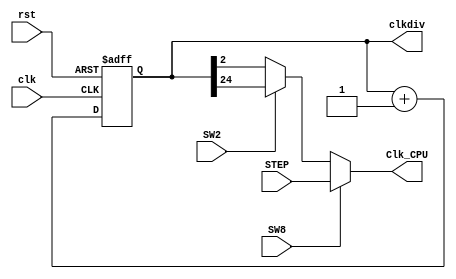
`timescale 1ns / 1ps
//////////////////////////////////////////////////////////////////////////////////
// Company: 
// Engineer: 
// 
// Design Name: 
// Module Name: clk_div
// Project Name: 
// Target Devices: 
// Tool Versions: 
// Description: 
// 
// Dependencies: 
// 
// Revision:
// Revision 0.01 - File Created
// Additional Comments:
// 
//////////////////////////////////////////////////////////////////////////////////


module clk_div(input clk,
					input rst,
					input SW2,
					input SW8,
					input STEP,
					output reg[31:0]clkdiv,
					output Clk_CPU

    );
    always @ (posedge clk or posedge rst) begin 
            if (rst) clkdiv <= 0; 
            else clkdiv <= clkdiv + 1'b1; end
            
        assign Clk_CPU = (SW8) ? STEP : (SW2)? clkdiv[24] : clkdiv[2];
endmodule